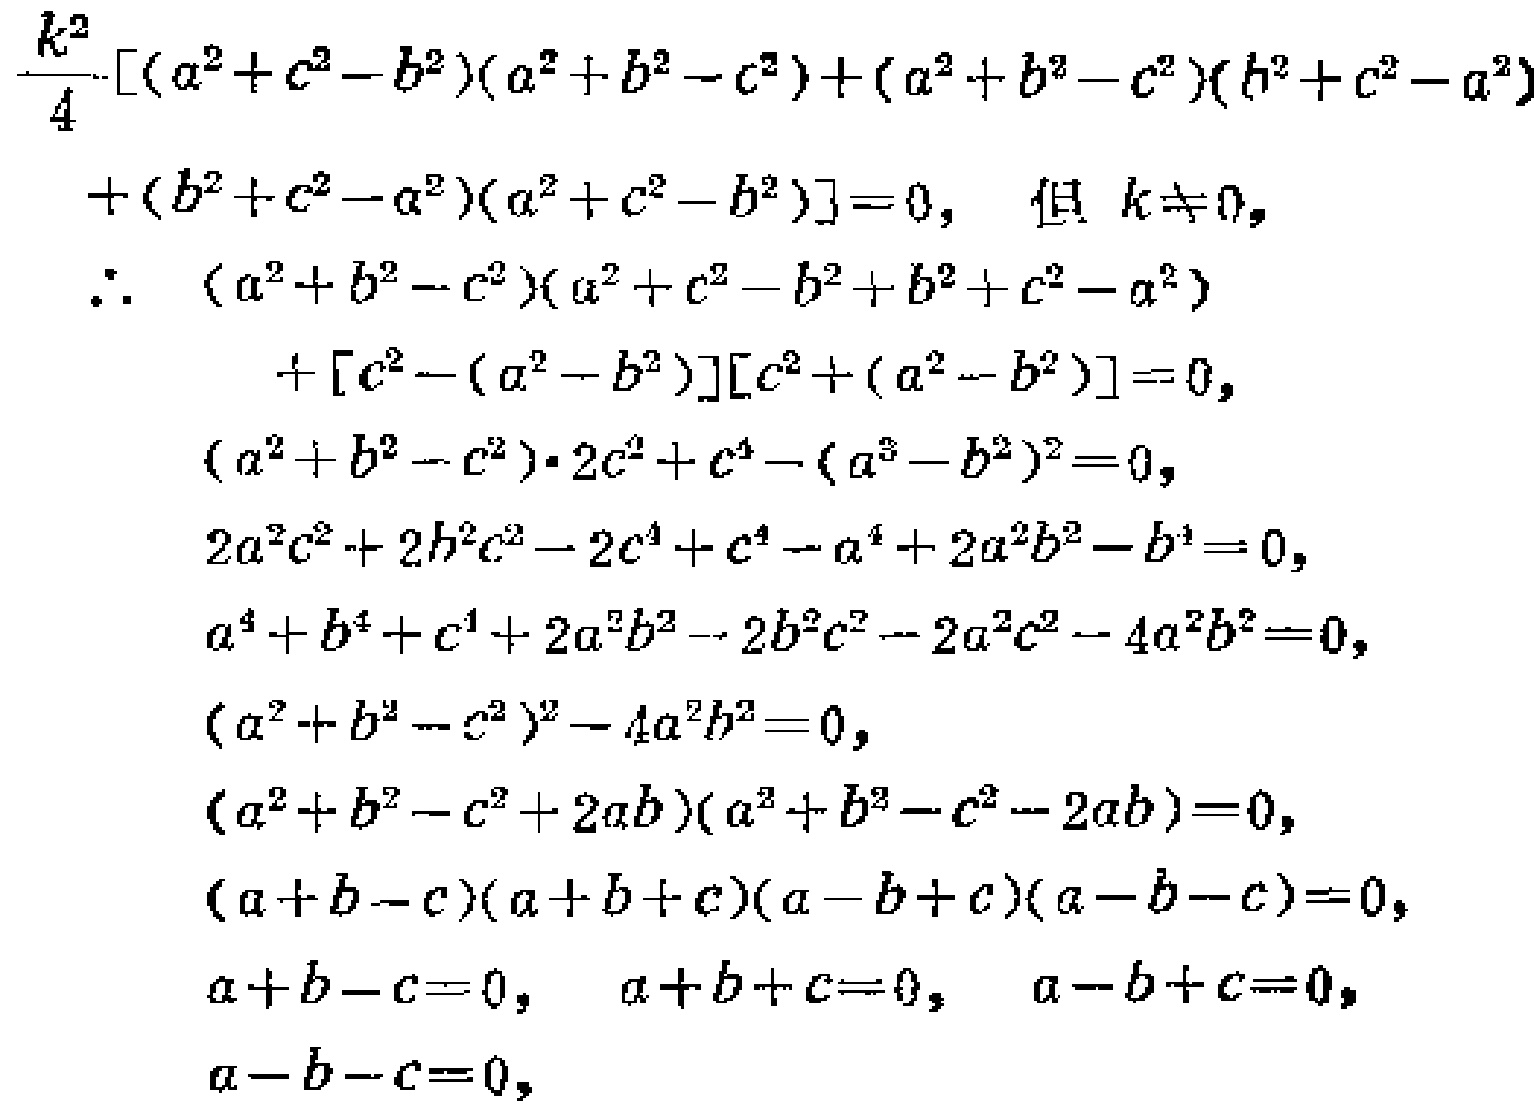
\[\begin{align*}
&\frac{k^{2}}{4}[(a^{2}+c^{2}-b^{2})(a^{2}+b^{2}-c^{2})+(a^{2}+b^{2}-c^{2})(b^{2}+c^{2}-a^{2})\\
&+(b^{2}+c^{2}-a^{2})(a^{2}+c^{2}-b^{2})]=0,\quad \text{但 }k\neq0,\\
&\therefore\ (a^{2}+b^{2}-c^{2})(a^{2}+c^{2}-b^{2}+b^{2}+c^{2}-a^{2})\\
&\quad+[c^{2}-(a^{2}-b^{2})][c^{2}+(a^{2}-b^{2})]=0,\\
&(a^{2}+b^{2}-c^{2})\cdot2c^{2}+c^{4}-(a^{2}-b^{2})^{2}=0,\\
&2a^{2}c^{2}+2b^{2}c^{2}-2c^{4}+c^{4}-a^{4}+2a^{2}b^{2}-b^{4}=0,\\
&a^{4}+b^{4}+c^{4}+2a^{2}b^{2}-2b^{2}c^{2}-2a^{2}c^{2}-4a^{2}b^{2}=0,\\
&(a^{2}+b^{2}-c^{2})^{2}-4a^{2}b^{2}=0,\\
&(a^{2}+b^{2}-c^{2}+2ab)(a^{2}+b^{2}-c^{2}-2ab)=0,\\
&(a + b - c)(a + b + c)(a - b + c)(a - b - c)=0,\\
&a + b - c=0,\quad a + b + c=0,\quad a - b + c=0,\\
&a - b - c=0,
\end{align*}\]